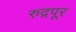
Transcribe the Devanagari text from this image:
रुद्रपूर